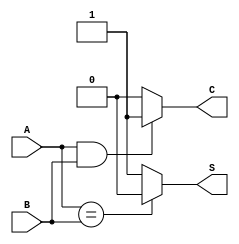
module HalfAdder(A, B, S, C);
  input A, B;
  output S, C;

  reg S, C;

  always @(A or B)
  begin
    if (A == B) S = 0;
    else S = 1;

    if (A == 1 && B == 1) C = 1;
    else C = 0;
  end

endmodule